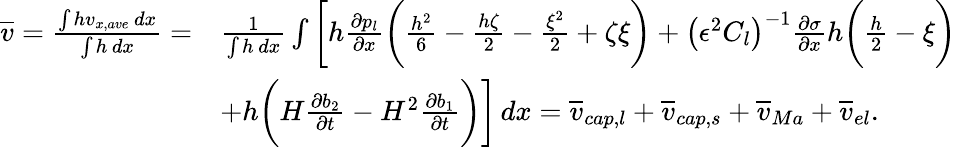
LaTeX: \begin{array}{rl}{\overline{{v}}=\frac{\int hv_{x,ave}\, dx}{\int h\, dx}=}&{\frac{1}{\int h\, dx}\int\bigg[h\frac{\partial p_{l}}{\partial x}\bigg(\frac{h^{2}}{6}-\frac{h\zeta}{2}-\frac{\xi^{2}}{2}+\zeta\xi\bigg)+\left(\epsilon^{2}C_{l}\right)^{-1}\frac{\partial\sigma}{\partial x}h\bigg(\frac{h}{2}-\xi\bigg)}\\ &{+h\bigg(H\frac{\partial b_{2}}{\partial t}-H^{2}\frac{\partial b_{1}}{\partial t}\bigg)\bigg]\, dx=\overline{{v}}_{cap,l}+\overline{{v}}_{cap,s}+\overline{{v}}_{Ma}+\overline{{v}}_{el}.}\end{array}